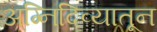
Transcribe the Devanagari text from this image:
अग्निदिव्यातून